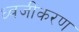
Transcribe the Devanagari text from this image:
ध्वजीकरण